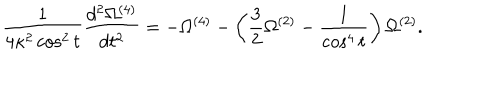
LaTeX: \frac { 1 } { 4 \kappa ^ { 2 } \cos ^ { 2 } { t } } \frac { d ^ { 2 } \Omega ^ { ( 4 ) } } { d t ^ { 2 } } = - \Omega ^ { ( 4 ) } - \left( \frac { 3 } { 2 } \Omega ^ { ( 2 ) } - \frac { 1 } { \cos ^ { 4 } { t } } \right) \Omega ^ { ( 2 ) } .